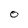
Character: O